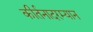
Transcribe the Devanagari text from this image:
कीर्तनादरम्यान